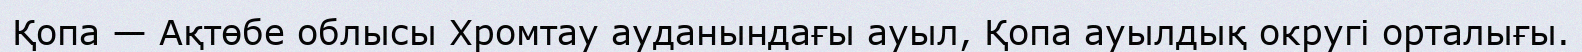
Қопа — Ақтөбе облысы Хромтау ауданындағы ауыл, Қопа ауылдық округі орталығы.